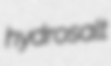
hydrosalt